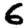
Digit: 6